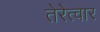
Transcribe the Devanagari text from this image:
तेरेत्वार